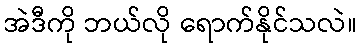
အဲဒီကို ဘယ်လို ရောက်နိုင်သလဲ။